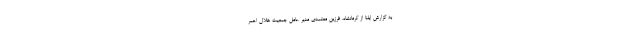
به گزارش ایلنا از کرمانشاه، فرزین معتمدی مدیر عامل جمعیت هلال احمر